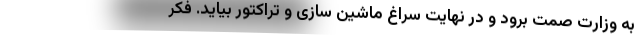
به وزارت صمت برود و در نهایت سراغ ماشین سازی و تراکتور بیاید. فکر